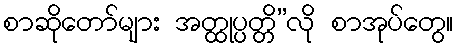
စာဆိုတော်များ အတ္ထုပ္ပတ္တိ”လို စာအုပ်တွေ။